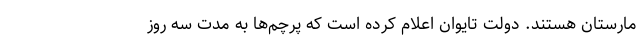
مارستان هستند. دولت تایوان اعلام کرده است که پرچم‌ها به مدت سه روز